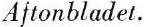
Aftonbladet.